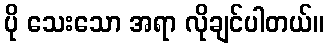
ပို သေးသော အရာ လိုချင်ပါတယ်။